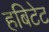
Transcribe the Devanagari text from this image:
हबिटेट